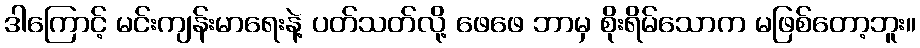
ဒါကြောင့် မင်းကျန်းမာရေးနဲ့ ပတ်သတ်လို့ ဖေဖေ ဘာမှ စိုးရိမ်သောက မဖြစ်တော့ဘူး။